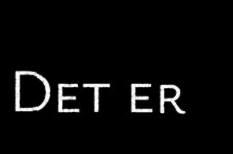
Det er